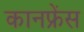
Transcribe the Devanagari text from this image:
कानफ्रेंस